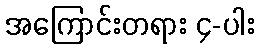
အကြောင်းတရား ၄-ပါး